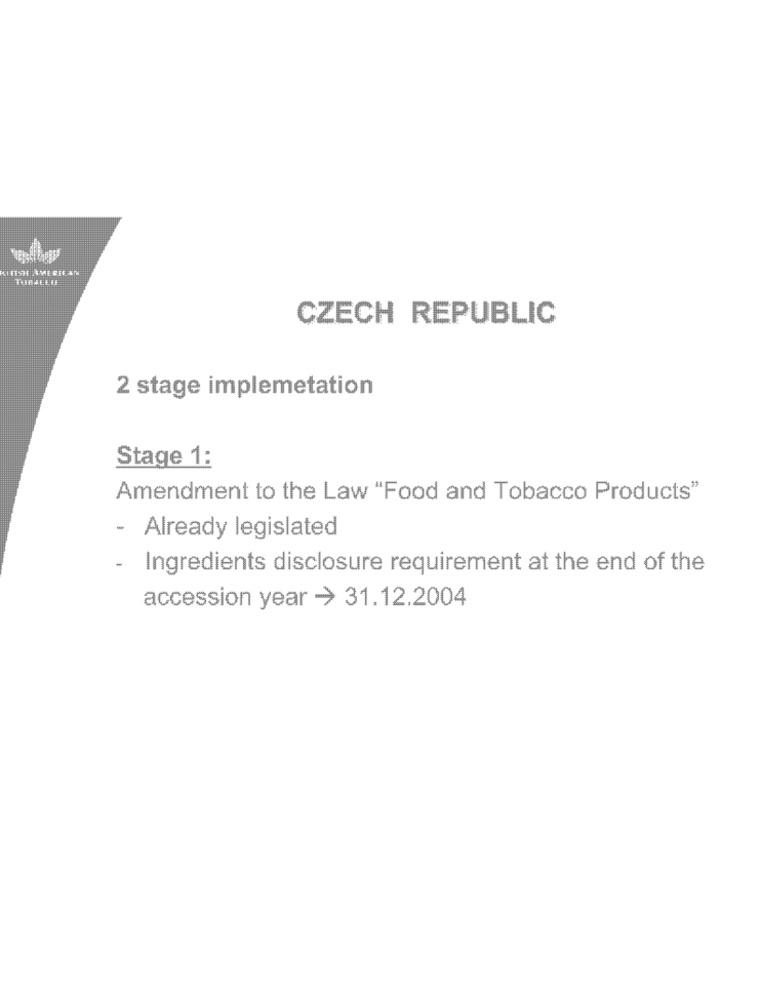
CZECH REPUBLIC
2 stage implemetation
Stage 1:
Amendment to the Law "Food and Tobacco Products"
-
Already legislated
-
Ingredients disclosure requirement at the end of the
accession year > 31.12.2004